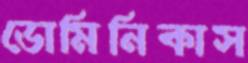
ডোমিনিকাস